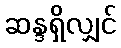
ဆန္ဒရှိလျှင်